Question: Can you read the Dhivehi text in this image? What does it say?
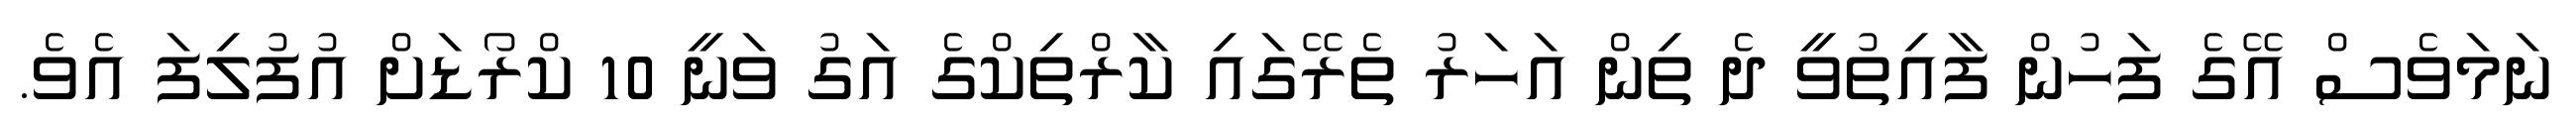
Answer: ނަމަވެސް އޭގެ ފަހުން ފާއިތުވީ ދެ ތިން އަހަރު ތެރޭގައި ކާރްތިކްގެ އަގު ވަނީ 10 ކްރޯޑަށް އުފުލިފަ އެވެ.